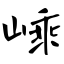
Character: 嵊